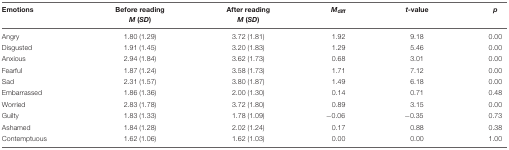
<table><thead><tr><td><b>Emotions</b></td><td><b>Before reading <i>M</i> (<i>SD</i>)</b></td><td><b>After reading <i>M</i> (<i>SD</i>)</b></td><td><b><i>M</i><sub>diff</sub></b></td><td><b><i>t-</i>value</b></td><td><b><i>p</i></b></td></tr></thead><tbody><tr><td>Angry</td><td>1.80 (1.29)</td><td>3.72 (1.81)</td><td>1.92</td><td>9.18</td><td>0.00</td></tr><tr><td>Disgusted</td><td>1.91 (1.45)</td><td>3.20 (1.83)</td><td>1.29</td><td>5.46</td><td>0.00</td></tr><tr><td>Anxious</td><td>2.94 (1.84)</td><td>3.62 (1.73)</td><td>0.68</td><td>3.01</td><td>0.00</td></tr><tr><td>Fearful</td><td>1.87 (1.24)</td><td>3.58 (1.73)</td><td>1.71</td><td>7.12</td><td>0.00</td></tr><tr><td>Sad</td><td>2.31 (1.57)</td><td>3.80 (1.87)</td><td>1.49</td><td>6.18</td><td>0.00</td></tr><tr><td>Embarrassed</td><td>1.86 (1.36)</td><td>2.00 (1.30)</td><td>0.14</td><td>0.71</td><td>0.48</td></tr><tr><td>Worried</td><td>2.83 (1.78)</td><td>3.72 (1.80)</td><td>0.89</td><td>3.15</td><td>0.00</td></tr><tr><td>Guilty</td><td>1.83 (1.33)</td><td>1.78 (1.09)</td><td>-0.06</td><td>-0.35</td><td>0.73</td></tr><tr><td>Ashamed</td><td>1.84 (1.28)</td><td>2.02 (1.24)</td><td>0.17</td><td>0.88</td><td>0.38</td></tr><tr><td>Contemptuous</td><td>1.62 (1.06)</td><td>1.62 (1.03)</td><td>0.00</td><td>0.00</td><td>1.00</td></tr></tbody></table>